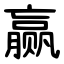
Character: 赢